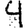
Digit: 4